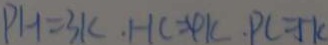
P H = 3 k . H C = 4 k . P C = 5 k